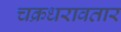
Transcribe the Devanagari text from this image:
चक्रधरावतार